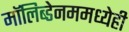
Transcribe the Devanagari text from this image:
मॉलिब्डेनममध्येही